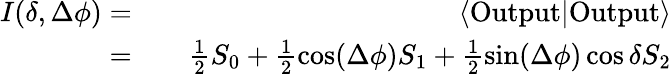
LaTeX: \begin{array}{rlr}{I(\delta,\Delta\phi)=}&{{}}&{\langle\mathrm{Output}|\mathrm{Output}\rangle}\\ {=}&{{}}&{\frac{1}{2}S_{0}+\frac{1}{2}\cos(\Delta\phi)S_{1}+\frac{1}{2}\sin(\Delta\phi)\cos\delta S_{2}}\end{array}